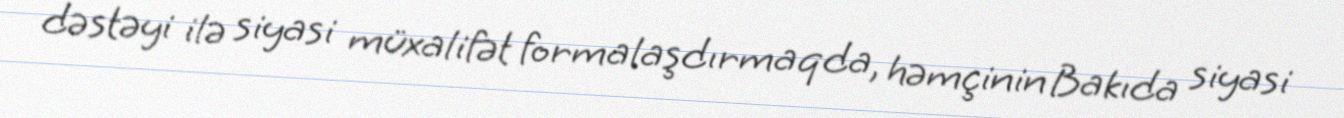
dəstəyi ilə siyasi müxalifət formalaşdırmaqda, həmçinin Bakıda siyasi